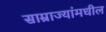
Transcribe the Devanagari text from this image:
साम्राज्यांमधील